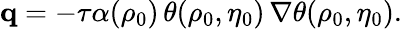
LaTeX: \mathbf{q}=-\tau\alpha(\rho_{0})\, \theta(\rho_{0},\eta_{0})\, \nabla\theta(\rho_{0},\eta_{0}).